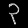
Digit: ၃